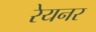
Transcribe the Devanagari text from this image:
रेयनर